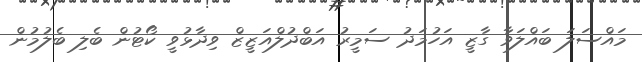
މައްސަލަ ބައްލަވާ ގާޒީ އަހުމަދު ސަމީރު އަބްދުލްއަޒީޒް ވިދާޅުވީ ކޯޓުން ބެލި ބެލުމުން